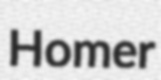
Homer